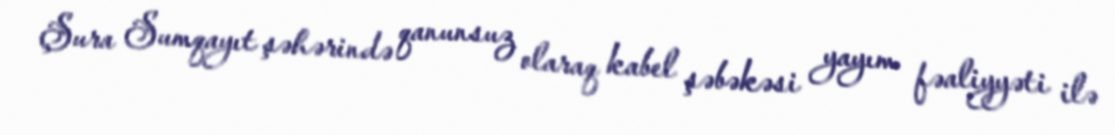
Şura Sumqayıt şəhərində qanunsuz olaraq kabel şəbəkəsi yayım fəaliyyəti ilə